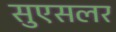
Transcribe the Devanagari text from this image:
सुएसलर